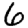
Digit: 6